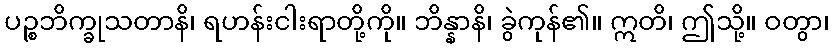
ပဉ္စဘိက္ခုသတာနိ၊ ရဟန်းငါးရာတို့ကို။ ဘိန္နာနိ၊ ခွဲကုန်၏။ ဣတိ၊ ဤသို့။ ဝတွာ၊